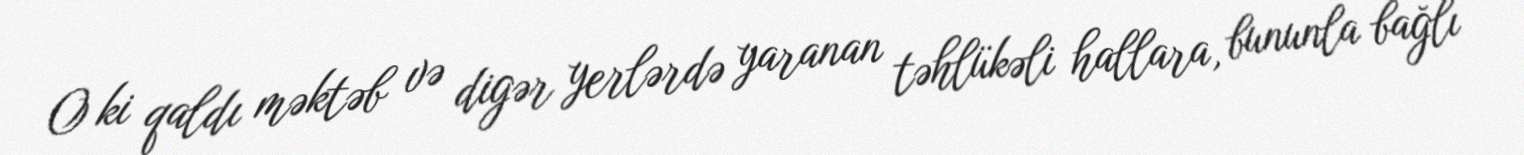
O ki qaldı məktəb və digər yerlərdə yaranan təhlükəli hallara, bununla bağlı